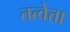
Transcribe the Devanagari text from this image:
तत्वेत्ता